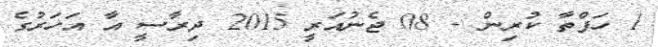
1 ހަފްތާ ކުރިން - 08 ޖެނުއަރީ 2015 ދިރާސީ އާ އަހަރުގެ